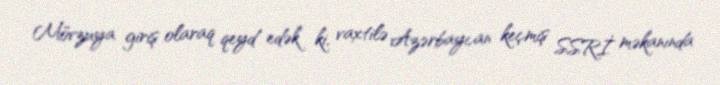
Mövzuya giriş olaraq qeyd edək ki, vaxtilə Azərbaycan keçmiş SSRİ məkanında